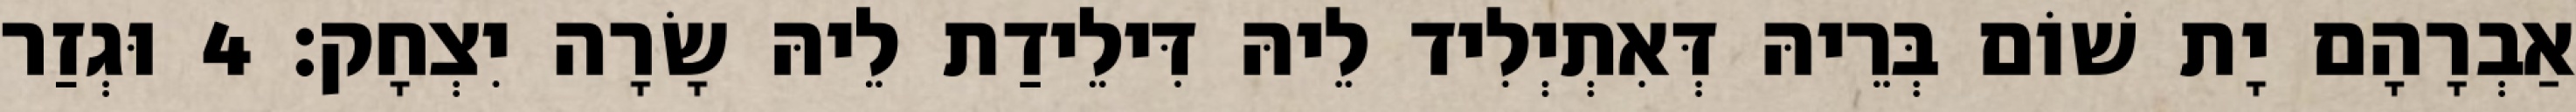
אַבְרָהָם יָת שׁוֹם בְּרֵיהּ דְּאִתְיְלִיד לֵיהּ דִּילֵידַת לֵיהּ שָׂרָה יִצְחָק׃ 4 וּגְזַר